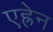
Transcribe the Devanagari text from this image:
एह्रेन